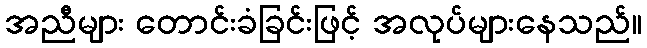
အညီများ တောင်းခံခြင်းဖြင့် အလုပ်များနေသည်။